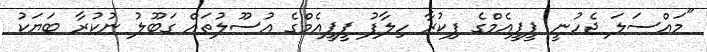
"މައްސަލަ ޖެހުނީ ޕީޕީއެމްގެ ފިކުރާ ހިލާފު ޕީޕީއެމްގެ އުސޫލުތައް ގަބޫލު ނުކުރާ ބަޔަކު